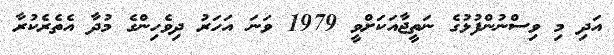
އަދި މި ވިސްނުންފުޅުގެ ނަތީޖާއަކަށްވީ 1979 ވަނަ އަހަރު ދިވެހިންގެ މުދާ އެތެރެކުރާ